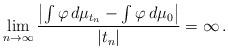
LaTeX: \begin{align*}\lim_{n \to\infty} \frac{\left | \int \varphi \, d\mu_{t_n} - \int \varphi \, d\mu_0\right |}{|t_n| } =\infty \, .\end{align*}